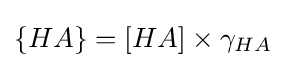
\{HA\}=[HA]\times \gamma _{HA}